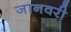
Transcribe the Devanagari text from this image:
जानवरी